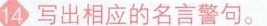
14写出相应的名言警句。